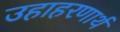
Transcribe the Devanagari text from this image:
उहाहरणार्थ